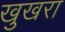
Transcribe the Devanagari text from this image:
खुखरा